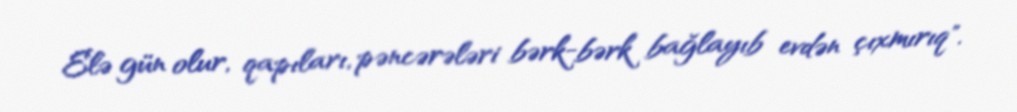
Elə gün olur, qapıları, pəncərələri bərk-bərk bağlayıb evdən çıxmırıq".